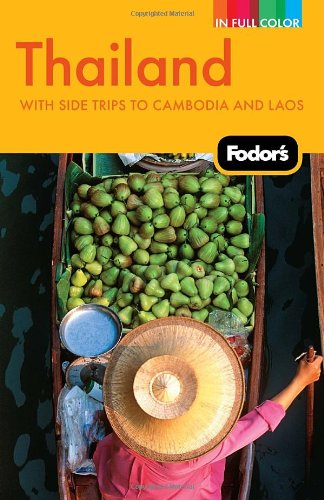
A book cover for Fodor's Thailand: With Side Trips to Cambodia & Laos (Full-color Travel Guide); Fodor's; Travel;